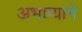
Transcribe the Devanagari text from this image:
अभाग्याने